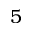
\mathord 5